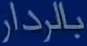
بالردار